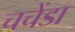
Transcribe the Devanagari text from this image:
चचेंडा